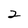
Character: 2